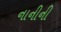
નાનીની